65_HS1-834228961_62-HQ-83894_Serial_164
Agency: FBI
Page 127
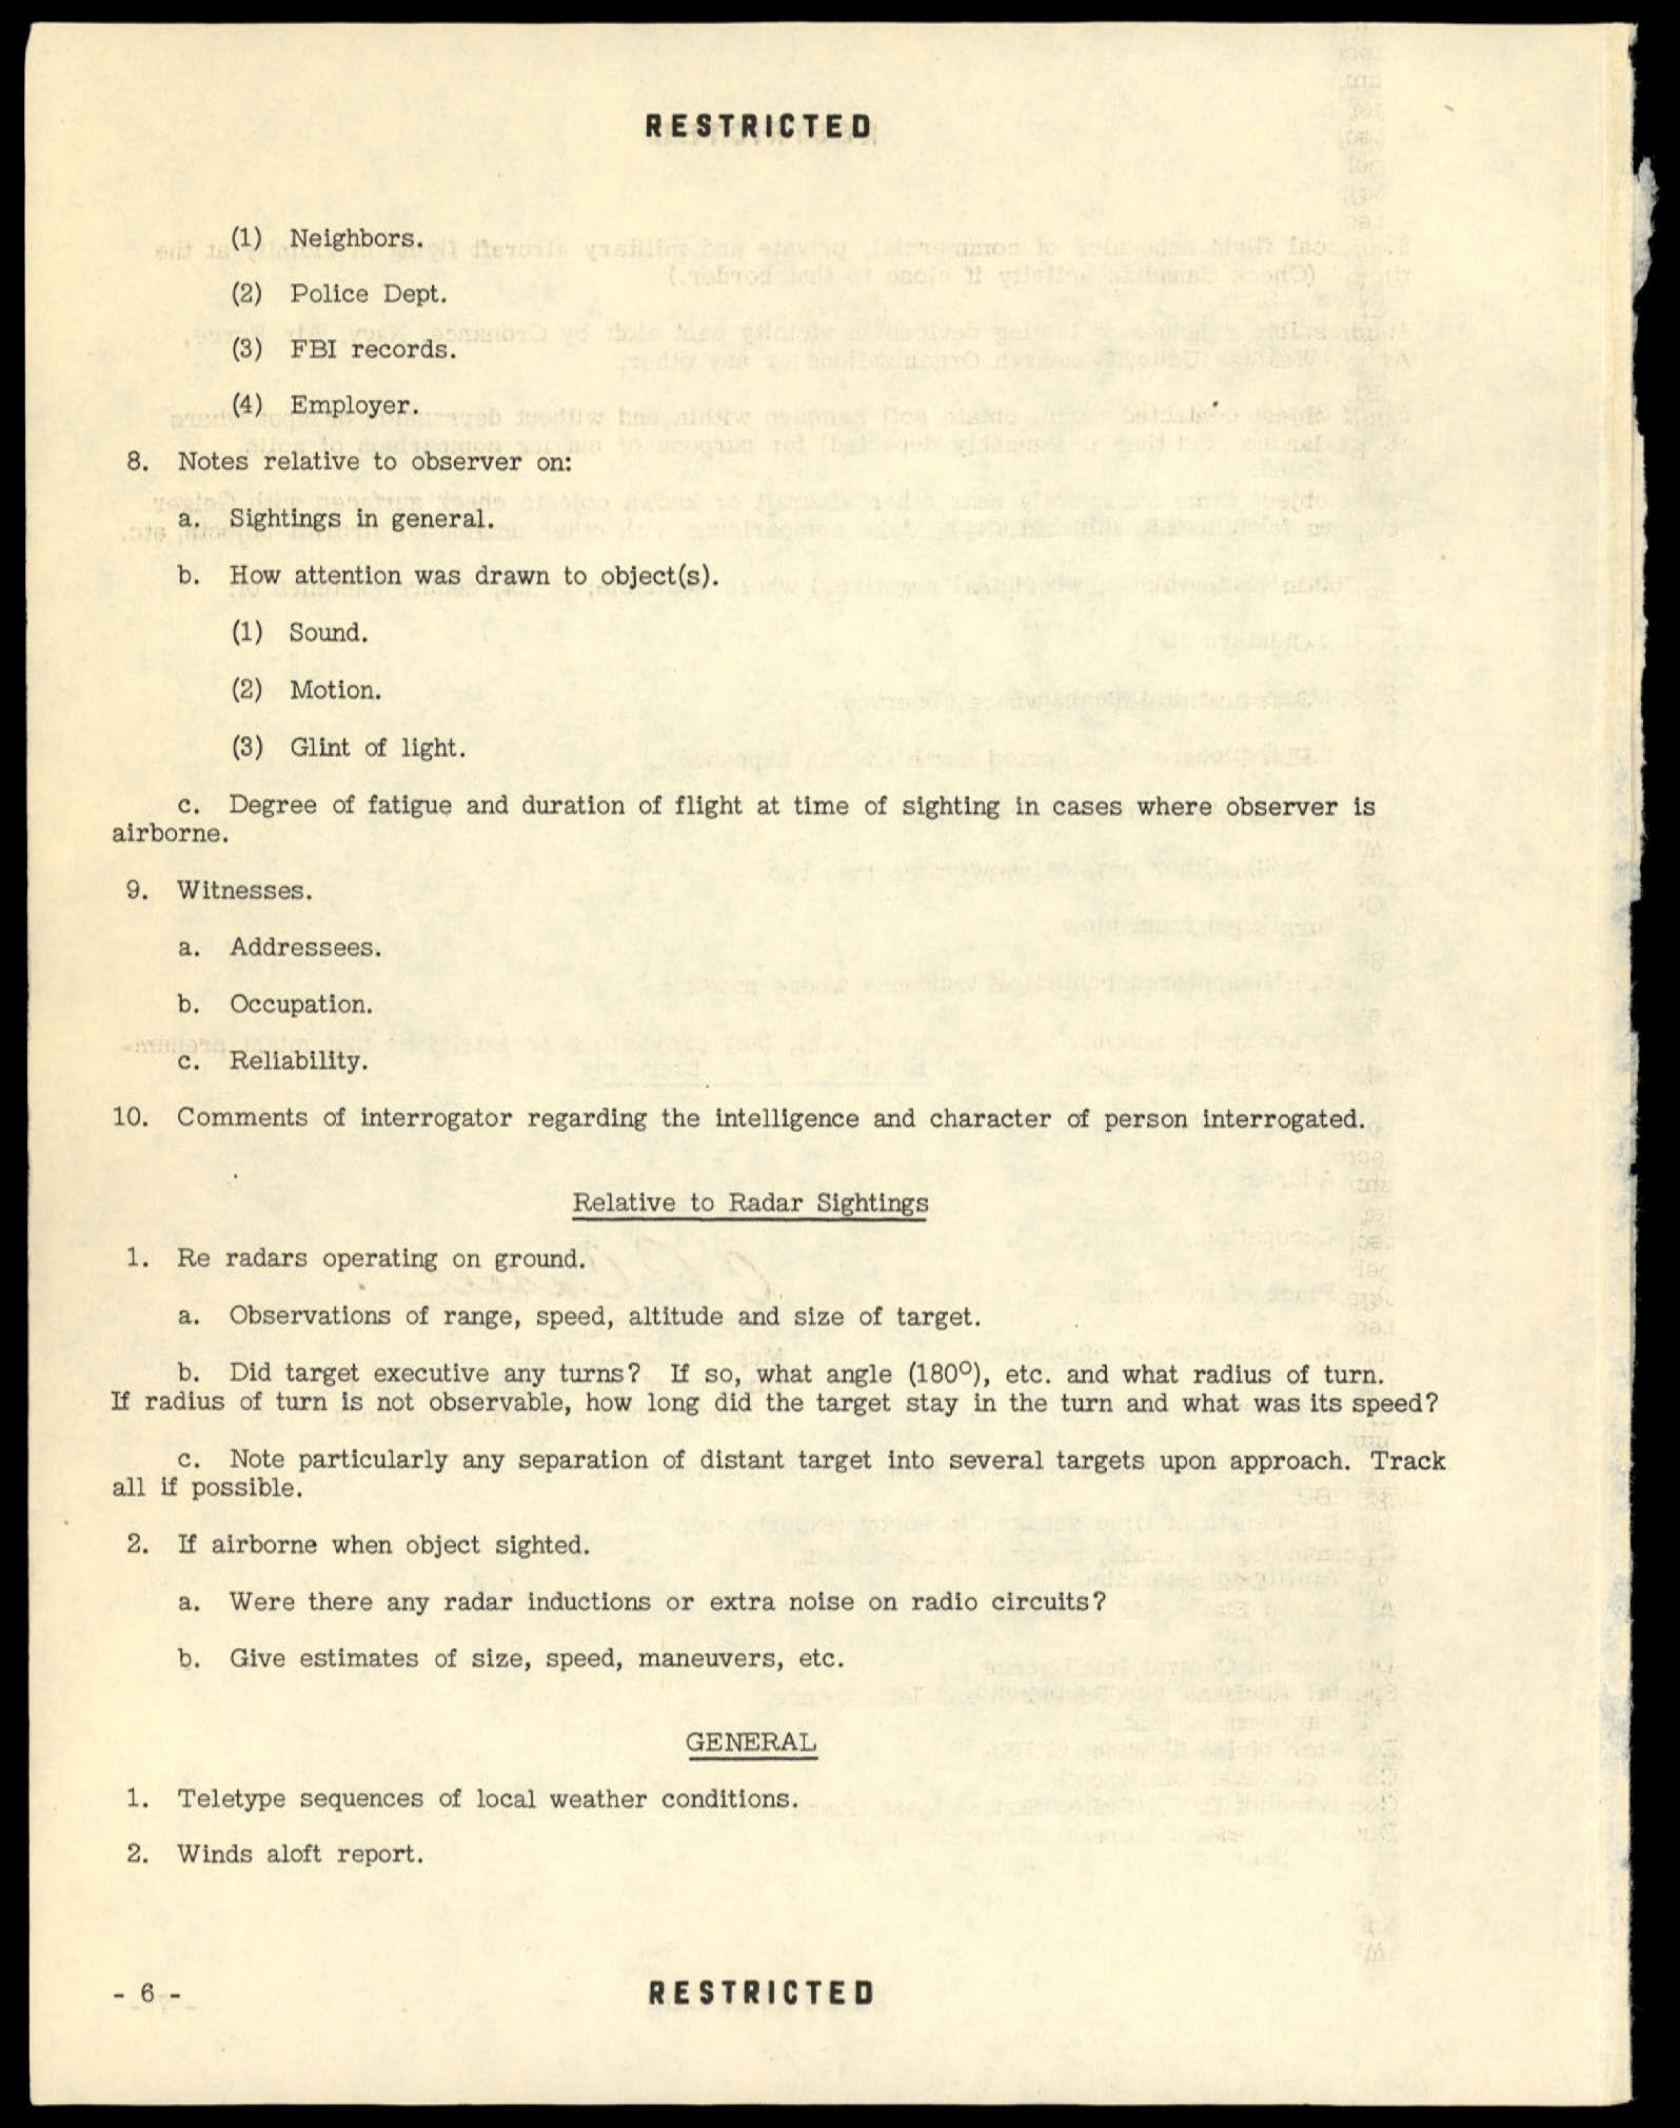